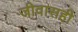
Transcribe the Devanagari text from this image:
जीवासही